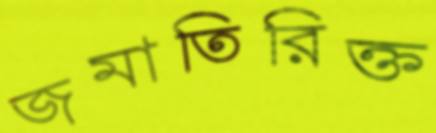
জমাতিরিক্ত